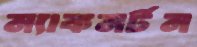
ম্যাকনর্টন